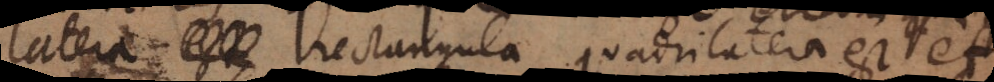
era rectangula quadrilatera est et